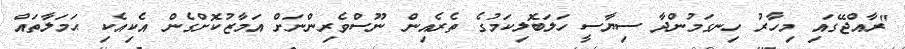
"ރާއްޖޭގައި މިހާރު ހިނގަމުންދާ ސިޔާސީ ހަލަބޮލިކަމުގެ ތެރެއިން ނޫސްވެރިންނަށް އަމާޒުކޮށްގެން އެކިއެކި ޙަމަލާތައް